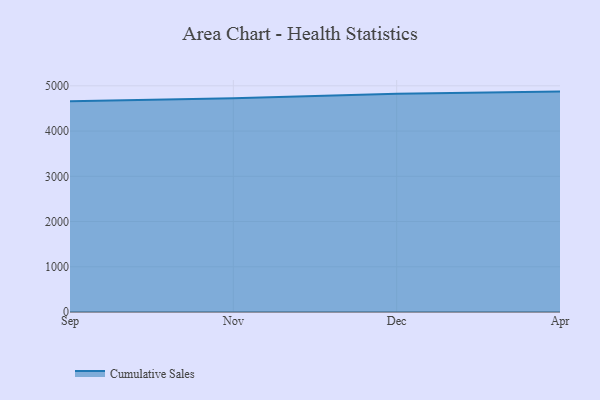
{"axis": {"x": "Month", "y": "Humidity (%)"}, "legend": ["Cumulative Sales"], "data": [{"x": "Sep", "y": 4657.4, "type": "Cumulative Sales"}, {"x": "Nov", "y": 4723.2, "type": "Cumulative Sales"}, {"x": "Dec", "y": 4823.4, "type": "Cumulative Sales"}, {"x": "Apr", "y": 4872.4, "type": "Cumulative Sales"}]}